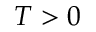
T > 0